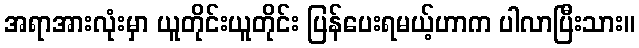
အရာအားလုံးမှာ ယူတိုင်းယူတိုင်း ပြန်ပေးရမယ့်ဟာက ပါလာပြီးသား။